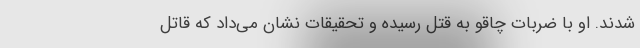
شدند. او با ضربات چاقو به قتل رسیده و تحقیقات نشان می‌‌داد که قاتل